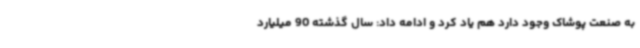
به صنعت پوشاک وجود دارد هم یاد کرد و ادامه داد: سال گذشته 90 میلیارد